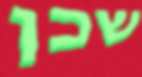
שכן